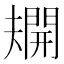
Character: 𫯿